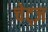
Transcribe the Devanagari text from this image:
चेट्ज़